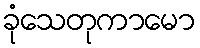
ခုံသေတုကာမော